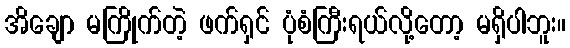
အိချော မကြိုက်တဲ့ ဖက်ရှင် ပုံစံကြီးရယ်လို့တော့ မရှိပါဘူး။